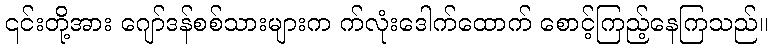
၎င်းတို့အား ဂျော်ဒန်စစ်သားများက က်လုံးဒေါက်ထောက် စောင့်ကြည့်နေကြသည်။